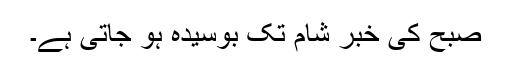
صبح کی خبر شام تک بوسیدہ ہو جاتی ہے۔